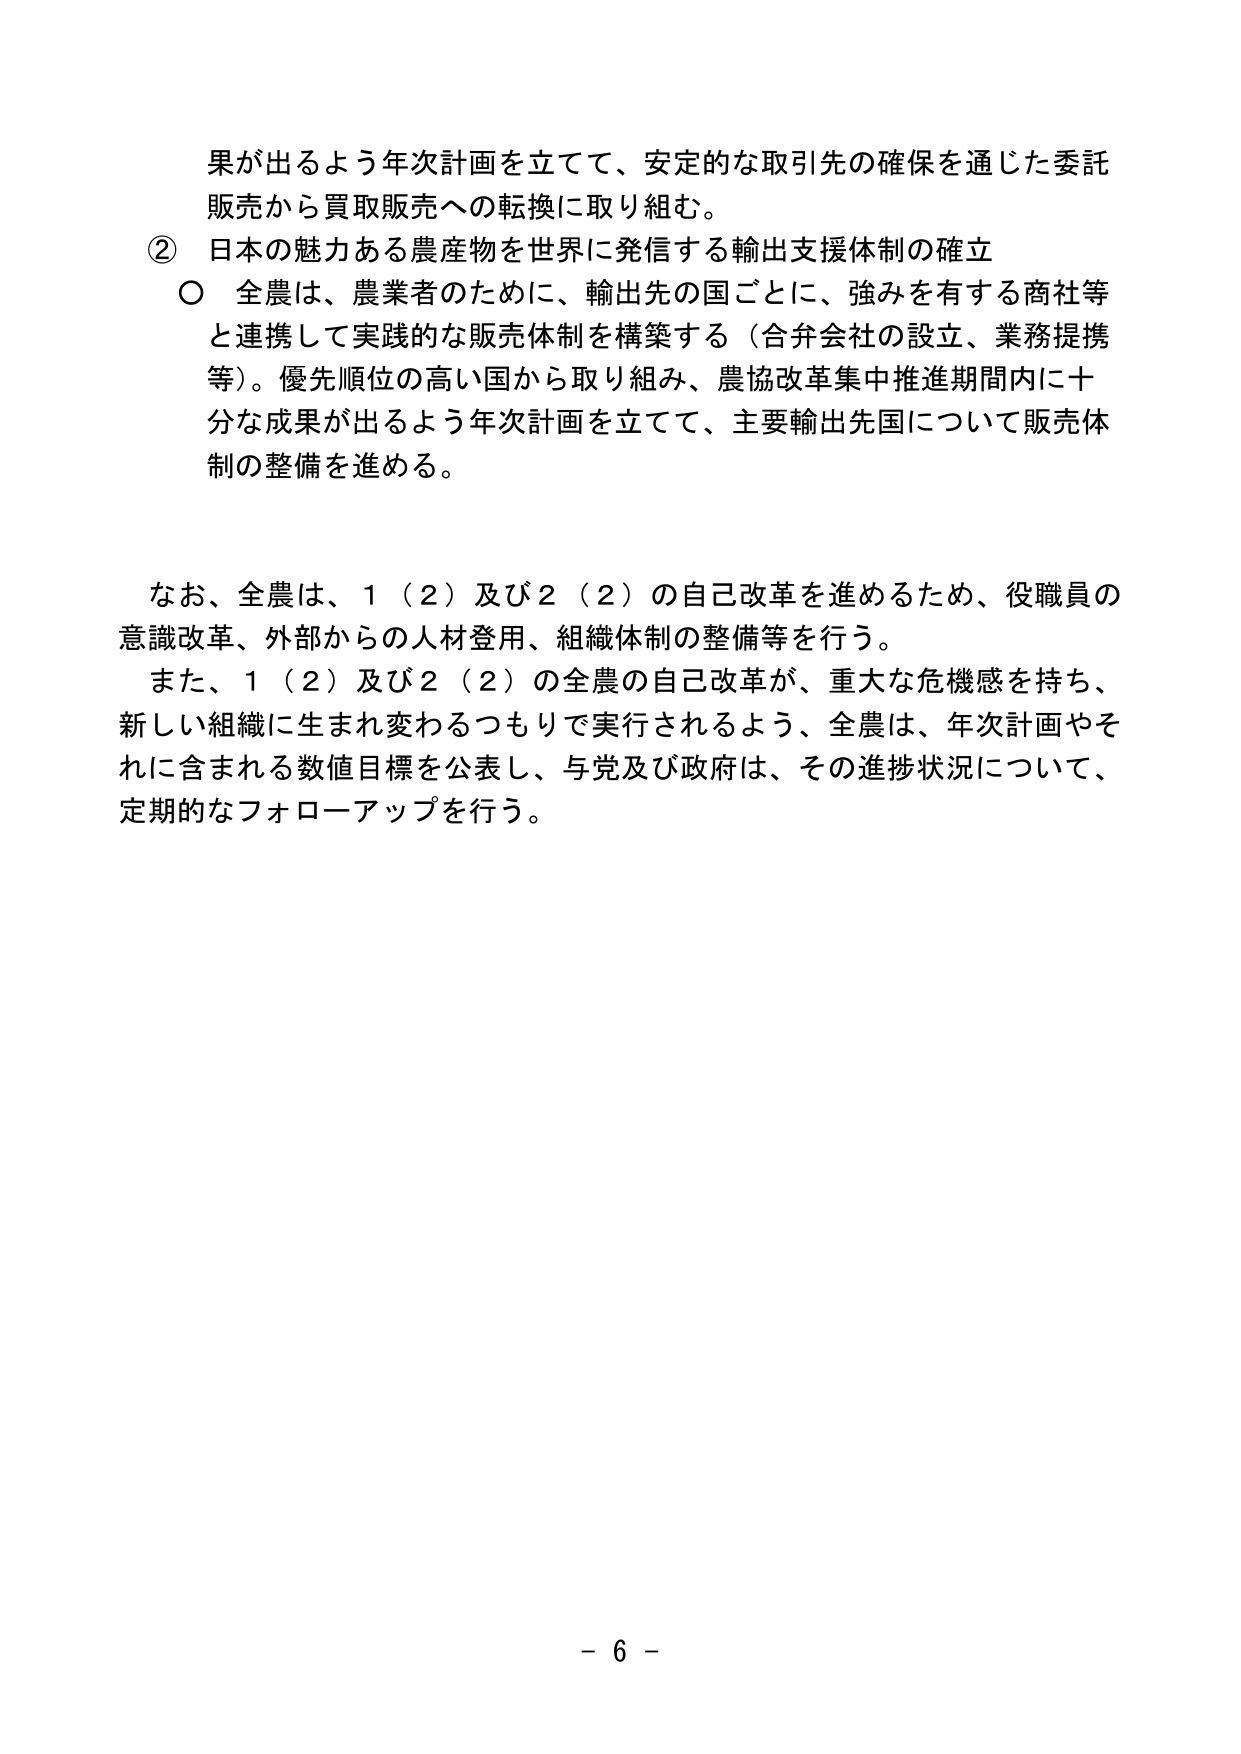
果が出るよう年次計画を立てて、安定的な取引先の確保を通じた委託販売から買取販売への転換に取り組む。

② 日本の魅力ある農産物を世界に発信する輸出支援体制の確立
○ 全農は、農業者のために、輸出先の国ごとに、強みを有する商社等と連携して実践的な販売体制を構築する（合弁会社の設立、業務提携等）。優先順位の高い国から取り組み、農協改革集中推進期間内に十分な成果が出るよう年次計画を立てて、主要輸出先国について販売体制の整備を進める。

なお、全農は、1（2）及び2（2）の自己改革を進めるため、役職員の意識改革、外部からの人材登用、組織体制の整備等を行う。
また、1（2）及び2（2）の全農の自己改革が、重大な危機感を持ち、新しい組織に生まれ変わるつもりで実行されるよう、全農は、年次計画やそれに含まれる数値目標を公表し、与党及び政府は、その進捗状況について、定期的なフォローアップを行う。

- 6 -